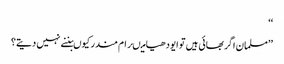
‘‘
’’مسلمان اگر بھائی ہیں تو ایودھیا میںرام مندر کیوںبننے نہیں دیتے؟